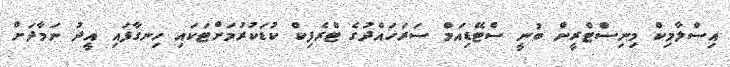
އިސްލާމިކް މިނިސްޓްރީން ބުނީ ސްޓޭޑިއަމް ސަރަަހައްދުގެ ޓްރެފިކް ކުޑަކުރުމަށްޓަކައި ހިނގާފައި އީދު ނަމާދަށް